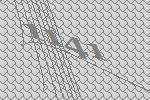
1141